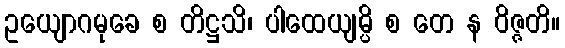
ဥယျောဂမုခေ စ တိဋ္ဌသိ၊ ပါထေယျမ္ပိ စ တေ န ဝိဇ္ဇတိ။